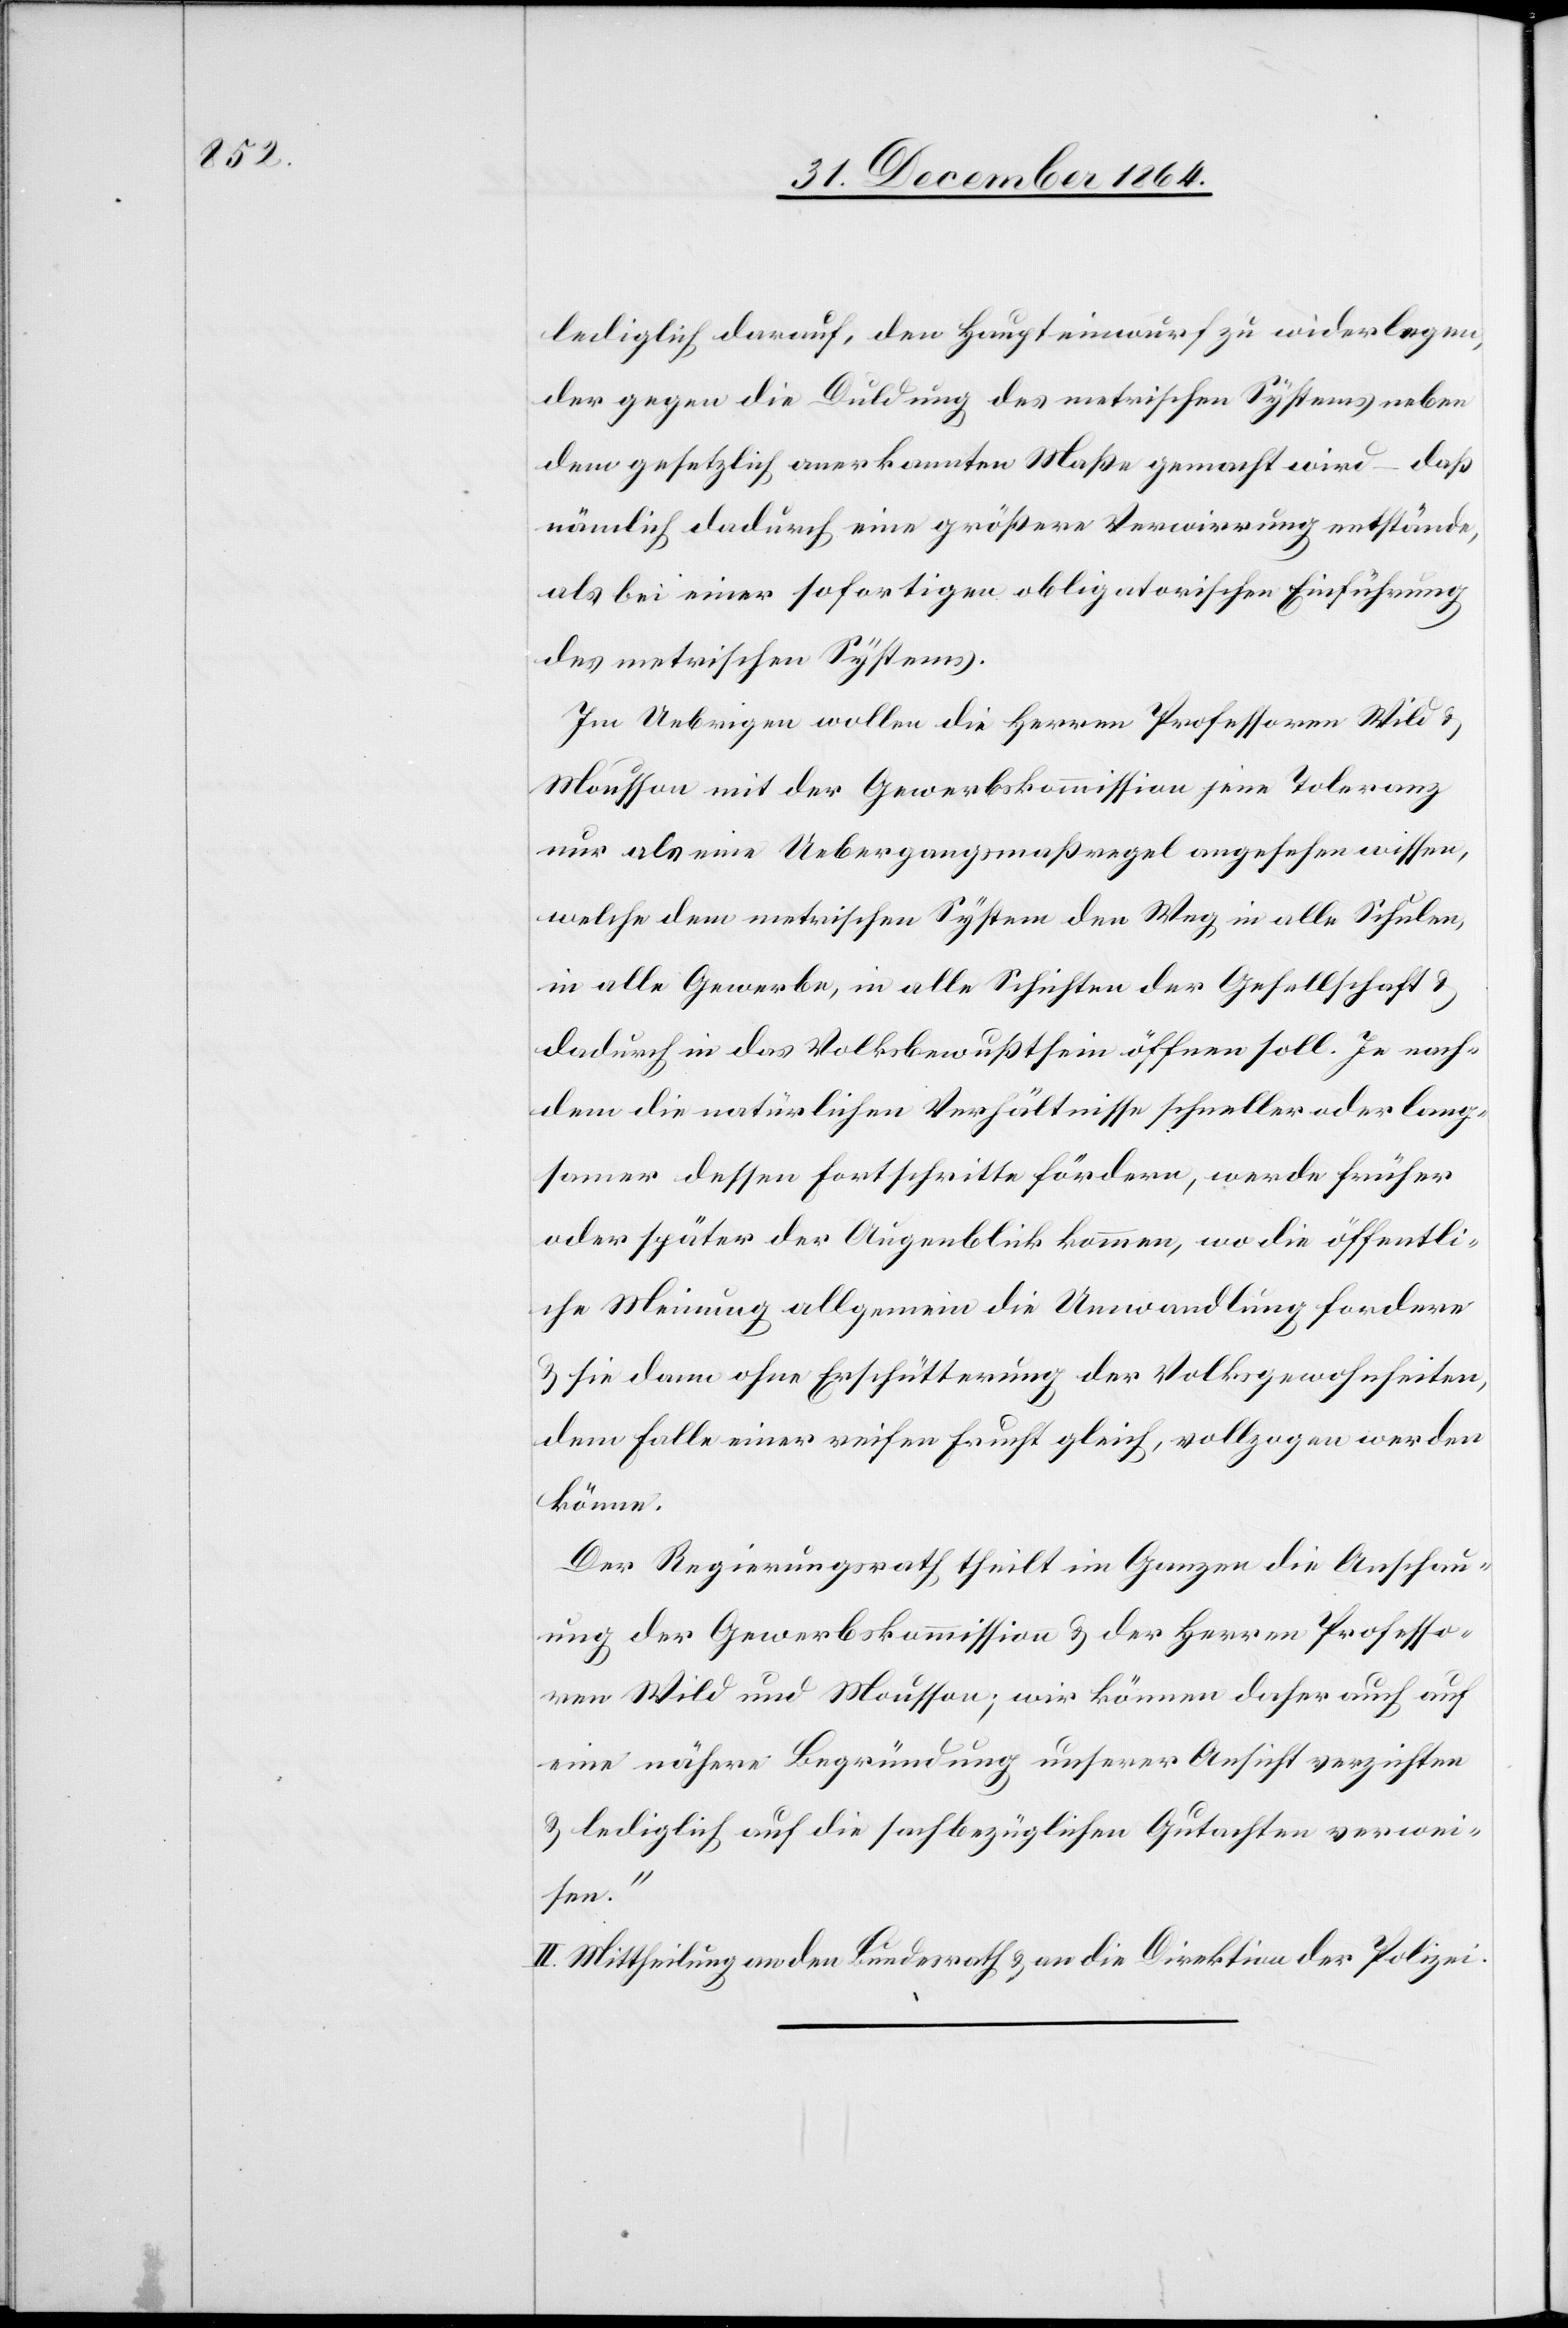
lediglich darauf, den Haupteinwurf zu widerlegen,
der gegen die Duldung des metrischen Systems neben
dem gesetzlich anerkannten Maße gemacht wird – daß
nämlich dadurch eine größere Verwirrung entstände,
als bei einer sofortigen obligatorischen Einführung
des metrischen Systems.
Im Uebrigen wollen die Herren Professoren Wild &
Mousson mit der Gewerbskommission jene Toleranz
nur als eine Uebergangsmaßregel angesehen wissen,
welche dem metrischen System den Weg in alle Schulen,
in alle Gewerbe, in alle Schichten der Gesellschaft &
dadurch in das Volksbewußtsein öffnen soll. Je nach¬
dem die natürlichen Verhältnisse schneller oder lang¬
samer dessen Fortschritte fördern, werde früher
oder später der Augenblick kommen, wo die öffentli¬
che Meinung allgemein die Umwandlung fordere
& sie dann ohne Erschütterung der Volksgewohnheiten
dem Falle einer reifen Frucht gleich, vollzogen werden
könne.
Der Regierungsrath theilt im Ganzen die Anschau¬
ung der Gewerbskommission & der Herren Professo¬
ren Wild und Mousson; wir können daher auch auf
einer nähere Begründung unserer Ansicht verzichten
& lediglich auf die sachbezüglichen Gutachten verwei¬
sen.“
II. Mittheilung an den Bundesrath & an die Direktion der Polizei.